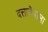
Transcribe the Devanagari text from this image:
दत्तात्रेयाला